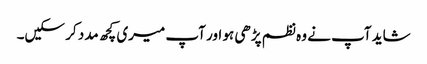
شاید آپ نے وہ نظم پڑھی ہو اور آپ میری کچھ مدد کر سکیں۔